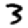
Digit: 3